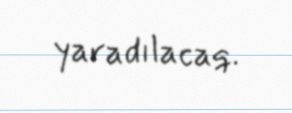
yaradılacaq.